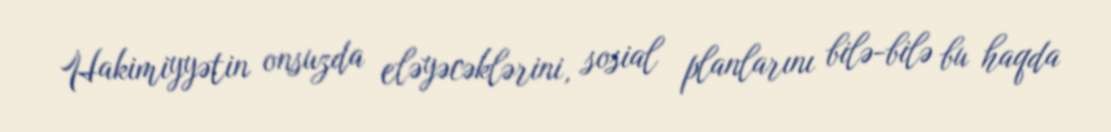
Hakimiyyətin onsuzda eləyəcəklərini, sosial planlarını bilə-bilə bu haqda